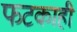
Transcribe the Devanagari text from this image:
फटकाही